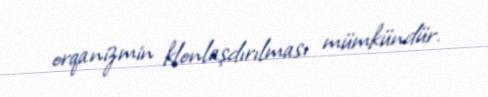
orqanizmin klonlaşdırılması mümkündür.